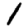
Digit: 1